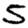
Digit: 5